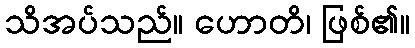
သိအပ်သည်။ ဟောတိ၊ ဖြစ်၏။